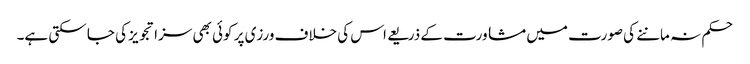
حکم نہ ماننے کی صورت میں مشاورت کے ذریعے اس کی خلاف ورزی پر کوئی بھی سزا تجویز کی جا سکتی ہے۔